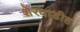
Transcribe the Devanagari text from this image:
शेरवाडीह